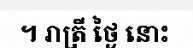
។ រាត្រី ថ្ងៃ នោះ